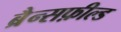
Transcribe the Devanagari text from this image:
ब्रैन्सफ़ील्ड